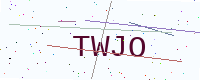
Text: TWJO